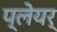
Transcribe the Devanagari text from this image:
प्लेयर्